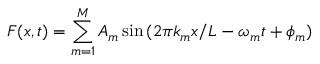
F ( x , t ) = \sum _ { m = 1 } ^ { M } A _ { m } \sin { ( 2 \pi k _ { m } x / L - \omega _ { m } t + \phi _ { m } ) }